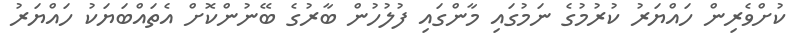
ކުށްވެރިން ހައްޔަރު ކުރުމުގެ ނަމުގައި މާންގައި ފުލުހުން ބާރުގެ ބޭނުންކޮށް އެތައްބަޔަކު ހައްޔަރު